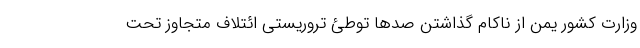
وزارت کشور یمن از ناکام گذاشتن صدها توطئ تروریستی ائتلاف متجاوز تحت